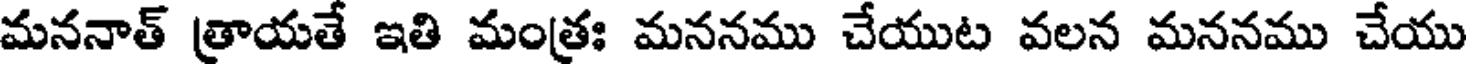
మననాత్ త్రాయతే ఇతి మంత్రః మననము చేయుట వలన మననము చేయు